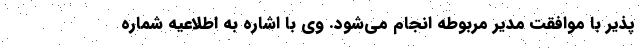
پذیر با موافقت مدیر مربوطه انجام می‌شود. وی با اشاره به اطلاعیه شماره